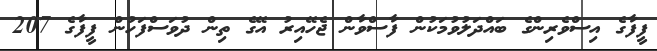
ފީފާގެ އިސްވެރިންގެ ބައްދަލުވުމަކުން ފާސްވާން ޖެހޭއިރު އޭގެ ތިން ދުވަސްފަހުން ފީފާގެ 207